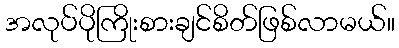
အလုပ်ပိုကြိုးစားချင်စိတ်ဖြစ်လာမယ်။